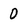
Character: 0